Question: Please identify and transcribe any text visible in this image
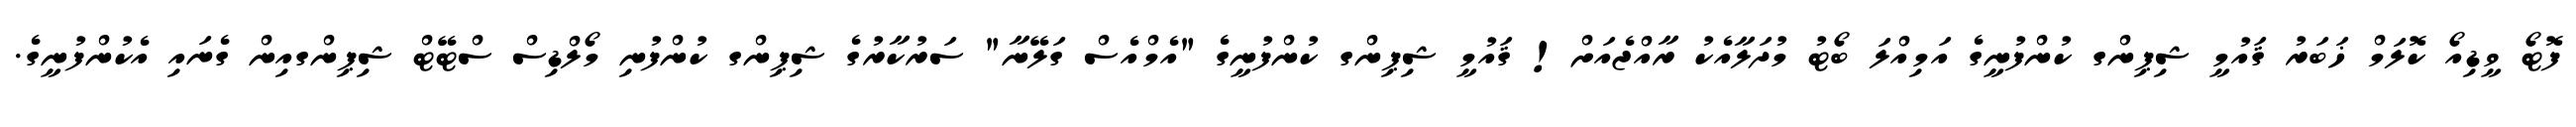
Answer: ފޮޓޯ ވީޑިއޯ ކޮލަމް ޚަބަރު ޤައުމީ ޝިޕިންގ ކުންފުނީގެ އަމިއްލަ ބޯޓު މުދަލާއެކު ރާއްޖެއަށް! ޤައުމީ ޝިޕިންގ ކުންފުނީގެ "އެމްއެސް ގަލޭނާ" ސަރުކާރުގެ ޝިޕިންގ ކުންފުނި މޯލްޑިސް ސްޓޭޓް ޝިޕިންގއިން ގެނައި އެކުންފުނީގެ.